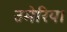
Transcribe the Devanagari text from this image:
उमेरिया